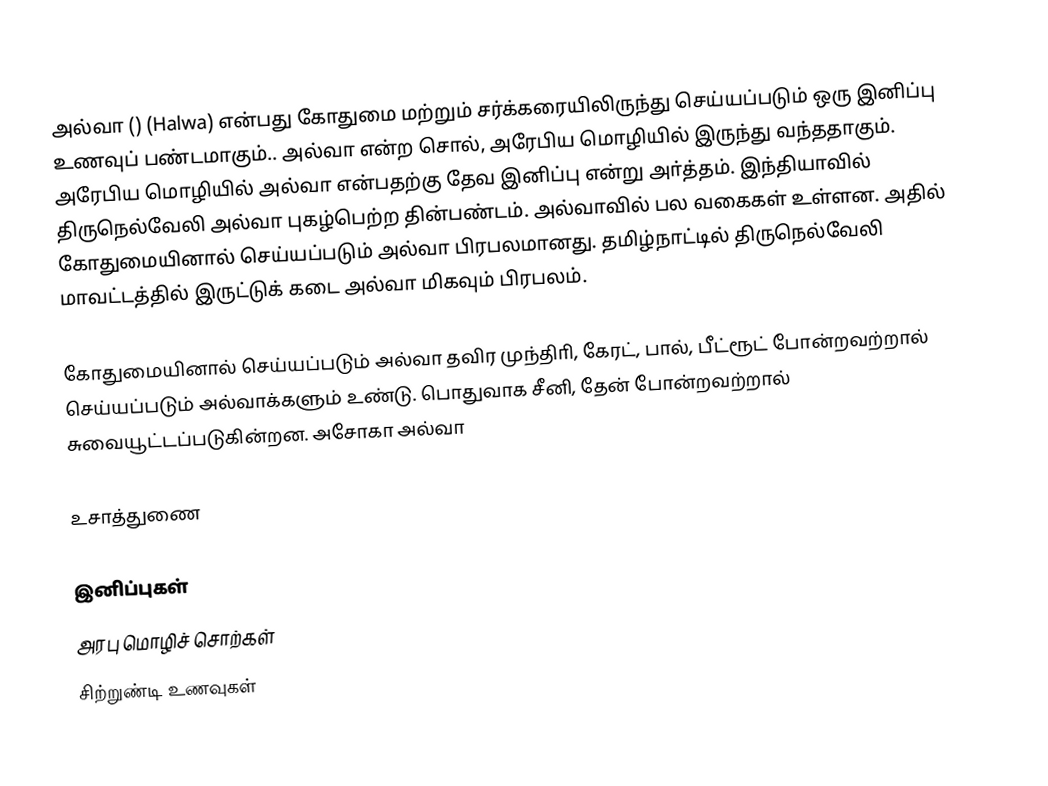
அல்வா () (Halwa) என்பது கோதுமை மற்றும் சர்க்கரையிலிருந்து செய்யப்படும் ஒரு இனிப்பு உணவுப் பண்டமாகும்.. அல்வா என்ற சொல், அரேபிய மொழியில் இருந்து வந்ததாகும். அரேபிய மொழியில் அல்வா என்பதற்கு தேவ இனிப்பு  என்று அா்த்தம். இந்தியாவில் திருநெல்வேலி அல்வா புகழ்பெற்ற தின்பண்டம். அல்வாவில் பல வகைகள் உள்ளன. அதில் கோதுமையினால் செய்யப்படும் அல்வா பிரபலமானது. தமிழ்நாட்டில் திருநெல்வேலி மாவட்டத்தில் இருட்டுக் கடை அல்வா மிகவும் பிரபலம்.

கோதுமையினால் செய்யப்படும் அல்வா தவிர முந்திாி, கேரட், பால், பீட்ரூட் போன்றவற்றால் செய்யப்படும் அல்வாக்களும் உண்டு. பொதுவாக சீனி, தேன் போன்றவற்றால் சுவையூட்டப்படுகின்றன. அசோகா அல்வா

உசாத்துணை

இனிப்புகள்
அரபு மொழிச் சொற்கள்
சிற்றுண்டி உணவுகள்